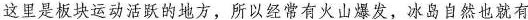
这里是板块运动活跃的地方，所以经常有火山爆发，冰岛自然也就有